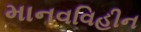
માનવવિહીન